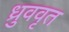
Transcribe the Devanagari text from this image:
ध्रुववृत